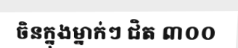
ចិនក្នុងម្នាក់ៗ ជិត ៣០០